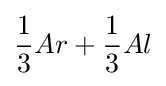
{\frac {1}{3}}Ar+{\frac {1}{3}}Al